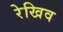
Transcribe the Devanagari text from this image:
रेखिव